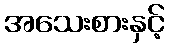
အသေးစားနှင့်